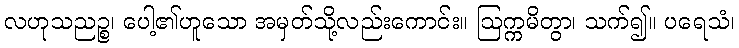
လဟုသညဉ္စ၊ ပေါ့၏ဟူသော အမှတ်သို့လည်းကောင်း။ ဩက္ကမိတွာ၊ သက်၍။ ပရေသံ၊